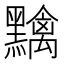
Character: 𪒭